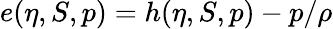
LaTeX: e(\eta,S,p)=h(\eta,S,p)-p/\rho